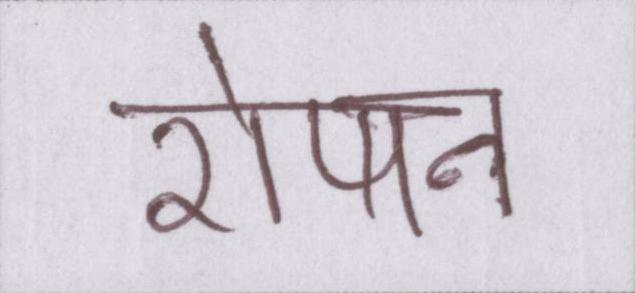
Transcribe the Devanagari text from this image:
रोषन